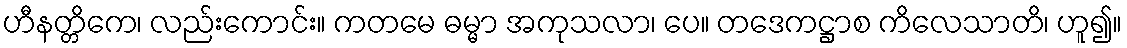
ဟီနတ္တိကေ၊ လည်းကောင်း။ ကတမေ ဓမ္မာ အကုသလာ၊ ပေ။ တဒေကဋ္ဌာစ ကိလေသာတိ၊ ဟူ၍။